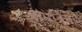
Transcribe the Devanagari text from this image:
आंमत्रित